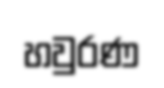
හවුරණ